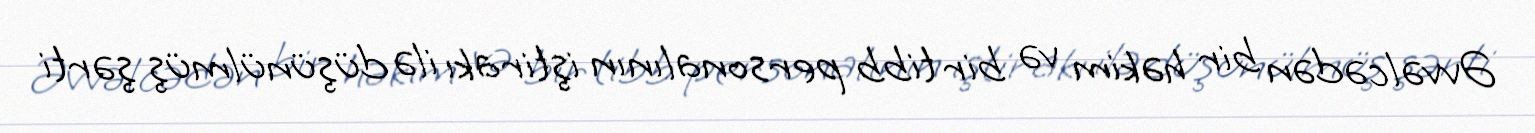
Əvvəlcədən bir həkim və bir tibb personalının iştirakı ilə düşünülmüş şərti